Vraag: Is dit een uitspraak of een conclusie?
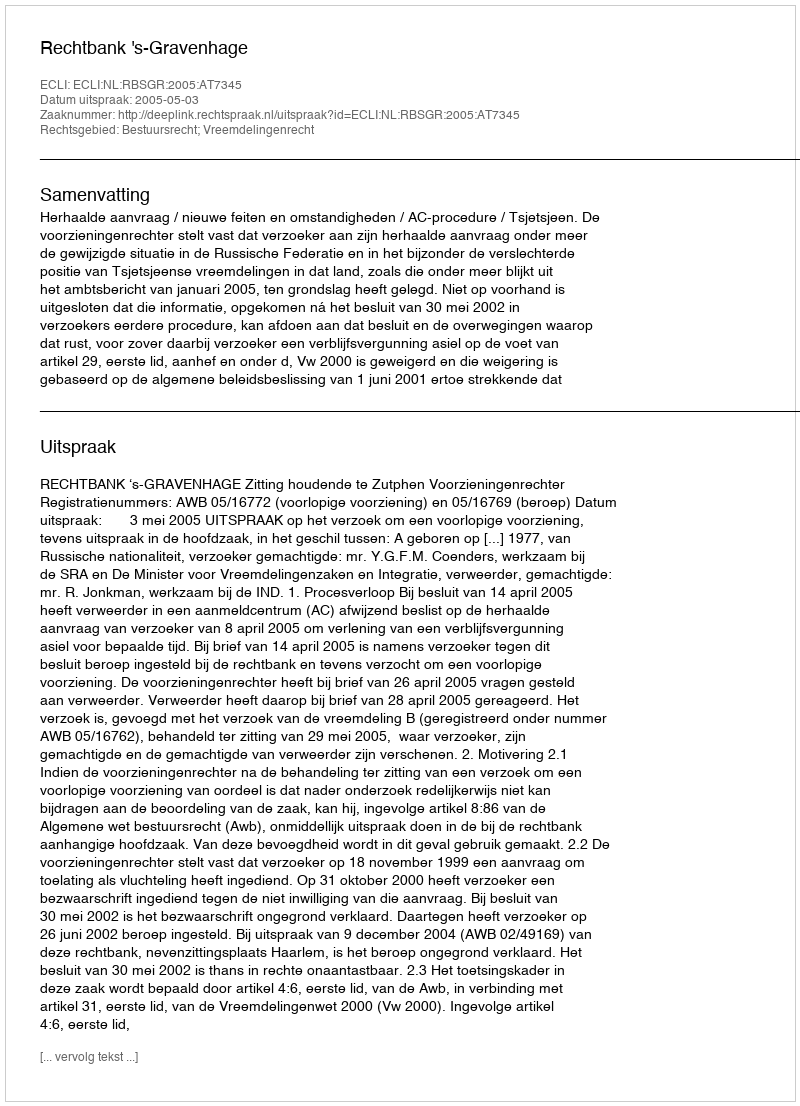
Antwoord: Uitspraak